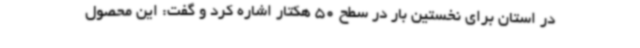
در استان برای نخستین بار در سطح 50 هکتار اشاره کرد و گفت: این محصول